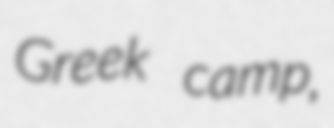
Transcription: Greek camp,